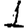
Digit: 1